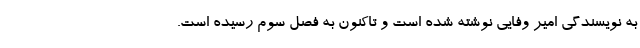
به نویسندگی امیر وفایی نوشته شده است و تاکنون به فصل سوم رسیده است.